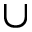
\cup